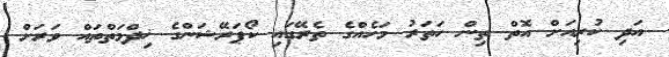
އަދި ކުރިއަށް އޮތް ތިން ހަތަރު މަހެއްގެ ތެރޭގައި ކޯޕަރޭޝަންގެ ޚިދްމަތްތައް ވަރަށް